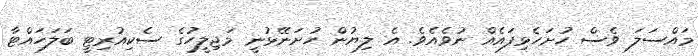
މައްސަލަ ވެސް ހުށަހެޅިފައެއް ނުވެއެވެ. އެ ލިޔުން ހުށަނޭޅުނީ މަޖިލީހުގެ ސެކިއުރިޓީ ބަލަހައްޓާ